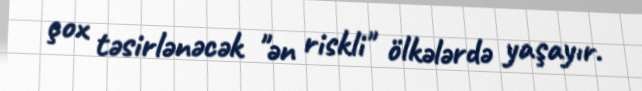
çox təsirlənəcək "ən riskli" ölkələrdə yaşayır.